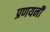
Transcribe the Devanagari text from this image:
प्रणयनी